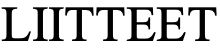
LIITTEET